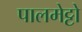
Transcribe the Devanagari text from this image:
पालमेट्टो